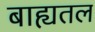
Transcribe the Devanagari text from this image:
बाह्यतल